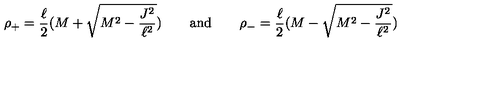
\rho _ { + } = \frac \ell 2 ( M + \sqrt { M ^ { 2 } - \frac { J ^ { 2 } } { \ell ^ { 2 } } } ) \qquad \mathrm { a n d } \qquad \rho _ { - } = \frac \ell 2 ( M - \sqrt { M ^ { 2 } - \frac { J ^ { 2 } } { \ell ^ { 2 } } } ) \qquad